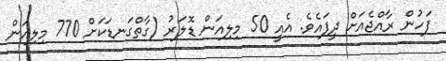
ފަހުން ރާއްޖެއަށް ދީފައެވެ. އެއީ 50 މިލިއަން ޑޮލަރު (ގާތްގަނޑަކަށް 770 މިލިއަން